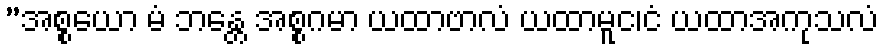
”အစ္စယော မံ ဘန္တေ အစ္စဂမာ ယထာဗာလံ ယထာမူင၊ငံ ယထာအကုသလံ